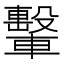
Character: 轚